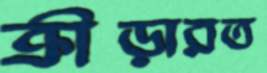
ক্রীড়ারত